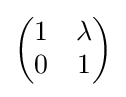
{\textstyle {\begin{pmatrix}1&\lambda \\0&1\end{pmatrix}}}